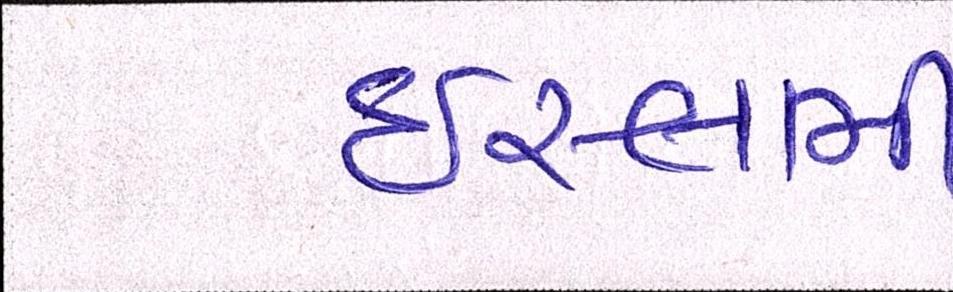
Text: ઈસ્લામી